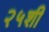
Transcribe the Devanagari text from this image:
२५शी